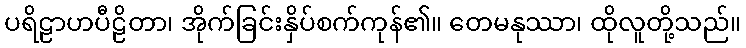
ပရိဠာဟပီဠိတာ၊ အိုက်ခြင်းနှိပ်စက်ကုန်၏။ တေမနုဿာ၊ ထိုလူတို့သည်။